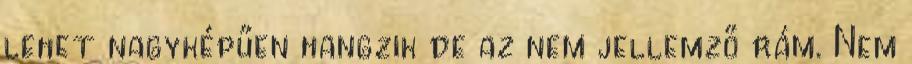
lehet nagyképűen hangzik de az nem jellemző rám. Nem